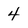
Character: 4